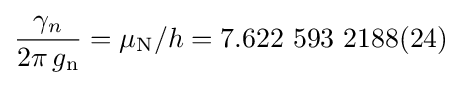
{\frac {\gamma _{n}}{2\pi \,g_{\text{n}}}}=\mu _{\text{N}}/h=7.622\ 593\ 2188(24)